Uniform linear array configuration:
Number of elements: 64
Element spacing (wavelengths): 1
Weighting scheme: hann
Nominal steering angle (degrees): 60
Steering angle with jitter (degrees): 59.353
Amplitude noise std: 0.05
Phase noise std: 0.05

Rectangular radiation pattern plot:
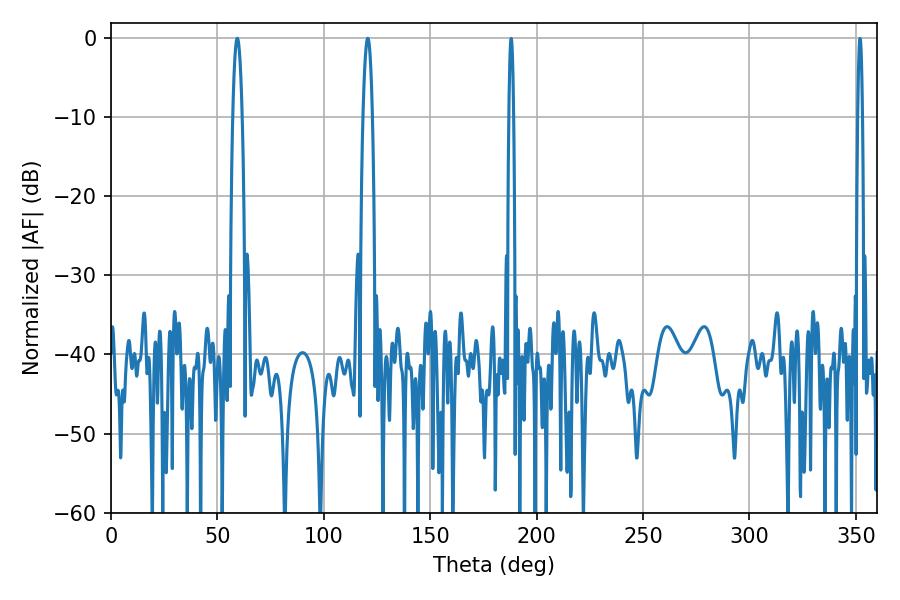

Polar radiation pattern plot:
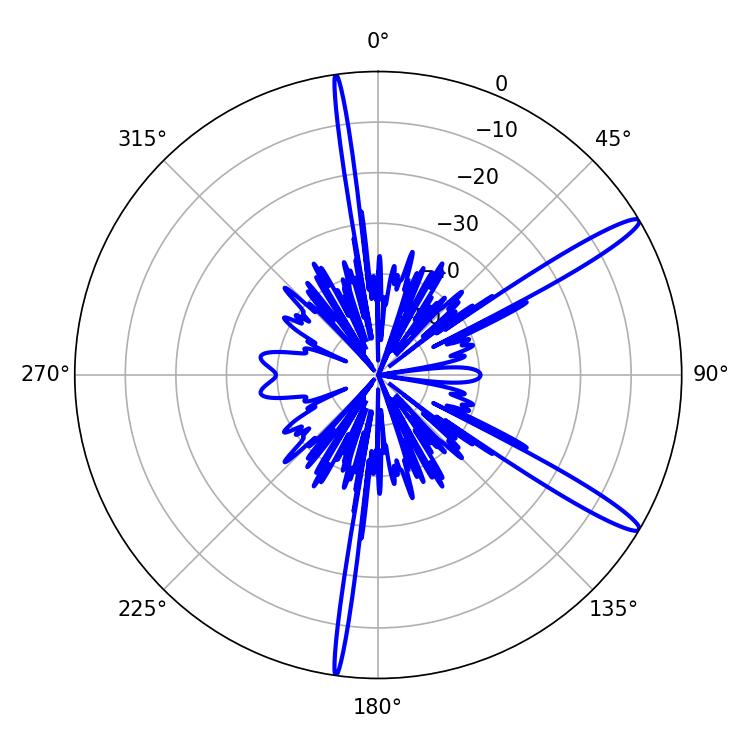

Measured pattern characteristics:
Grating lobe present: TRUE
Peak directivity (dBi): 14.346
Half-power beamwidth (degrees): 2.34
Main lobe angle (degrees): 59.4